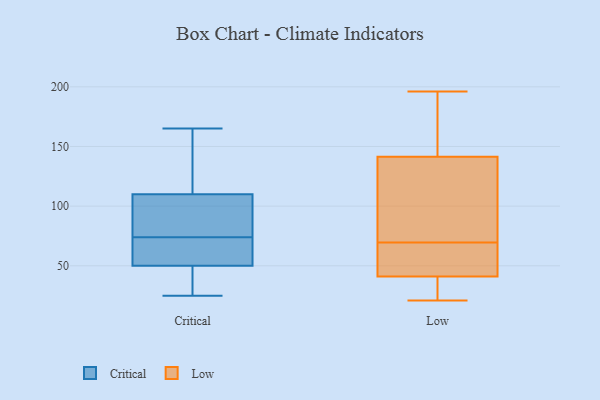
{"axis": {"x": "Production Output", "y": "Value"}, "legend": ["Critical", "Low"], "data": [{"x": "", "y": 145, "type": "Critical"}, {"x": "", "y": 84, "type": "Critical"}, {"x": "", "y": 165, "type": "Critical"}, {"x": "", "y": 25, "type": "Critical"}, {"x": "", "y": 76, "type": "Critical"}, {"x": "", "y": 70, "type": "Critical"}, {"x": "", "y": 119, "type": "Critical"}, {"x": "", "y": 72, "type": "Critical"}, {"x": "", "y": 51, "type": "Critical"}, {"x": "", "y": 34, "type": "Critical"}, {"x": "", "y": 93, "type": "Critical"}, {"x": "", "y": 121, "type": "Critical"}, {"x": "", "y": 53, "type": "Critical"}, {"x": "", "y": 101, "type": "Critical"}, {"x": "", "y": 49, "type": "Critical"}, {"x": "", "y": 42, "type": "Critical"}, {"x": "", "y": 76, "type": "Low"}, {"x": "", "y": 48, "type": "Low"}, {"x": "", "y": 156, "type": "Low"}, {"x": "", "y": 21, "type": "Low"}, {"x": "", "y": 54, "type": "Low"}, {"x": "", "y": 169, "type": "Low"}, {"x": "", "y": 159, "type": "Low"}, {"x": "", "y": 65, "type": "Low"}, {"x": "", "y": 74, "type": "Low"}, {"x": "", "y": 34, "type": "Low"}, {"x": "", "y": 127, "type": "Low"}, {"x": "", "y": 80, "type": "Low"}, {"x": "", "y": 48, "type": "Low"}, {"x": "", "y": 24, "type": "Low"}, {"x": "", "y": 30, "type": "Low"}, {"x": "", "y": 196, "type": "Low"}]}